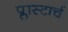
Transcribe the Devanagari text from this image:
प्लास्टार्च